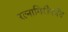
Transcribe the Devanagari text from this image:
रत्‍नागिरीपर्यंत